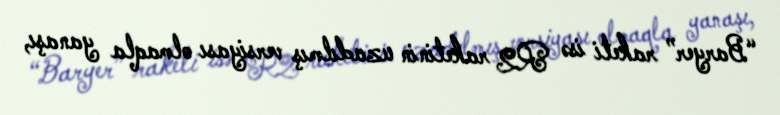
“Baryer” raketi isə R2 raketinin uzadılmış versiyası olmaqla yanaşı,